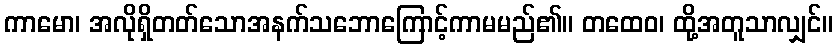
ကာမော၊ အလိုရှိတတ်သောအနက်သဘောကြောင့်ကာမမည်၏။ တထေဝ၊ ထို့အတူသာလျှင်။